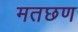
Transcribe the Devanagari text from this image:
मतछण